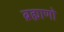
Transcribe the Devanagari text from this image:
ब्रह्माणो